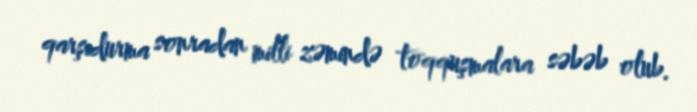
qarşıdurma sonradan milli zəmində toqquşmalara səbəb olub.